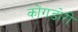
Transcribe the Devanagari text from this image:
कोंगडोरी